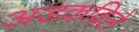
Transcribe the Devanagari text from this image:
अडकविले